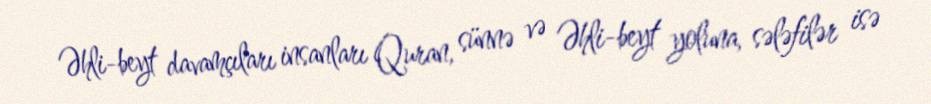
Əhli-beyt davamçıları insanları Quran, sünnə və Əhli-beyt yoluna, sələfilər isə